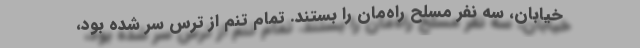
خیابان، سه نفر مسلّح راه‌مان را بستند. تمام تنم از ترس سِر شده بود،